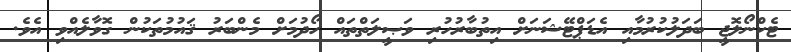
ޓެކްނޯލޮޖީ ބަދަލުކުރުމާއި އެޑަޕްޓޭޝަނަށް އިތުބާރުހުރި ވަޞީލަތްތައް ހޯދުމަށް މެންބަރު ޤައުމުތަކުން ގޮވާލެއްވި އެވެ.